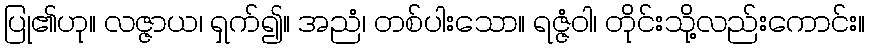
ပြု၏ဟု။ လဇ္ဇာယ၊ ရှက်၍။ အညံ၊ တစ်ပါးသော။ ရဇ္ဇံဝါ၊ တိုင်းသို့လည်းကောင်း။